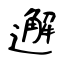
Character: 邂